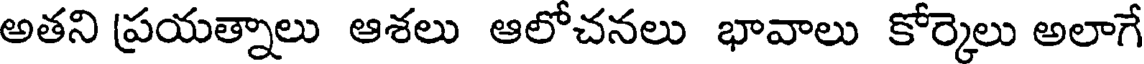
అతని ప్రయత్నాలు ఆశలు ఆలోచనలు భావాలు కోర్కెలు అలాగే